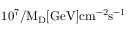
1 0 ^ { 7 } / \mathrm { { M _ { D } } [ \mathrm { { G e V } ] \mathrm { { c m } ^ { - 2 } \mathrm { { s } ^ { - 1 } } } } }